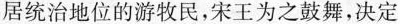
居统治地位的游牧民，宋王为之鼓舞，决定